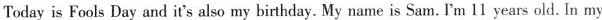
Today is Fools Day and it's also my birthday. My name is Sam. I'm 11 years old. In my